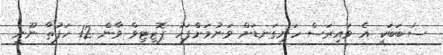
ސަބަބަކީ އެ ވައިރަސް ހަށިގަނޑަށް ވަނުމަށްފަހު ޕޮޒިޓިވް ވާން 12 ހަފުތާ ނޫނީ